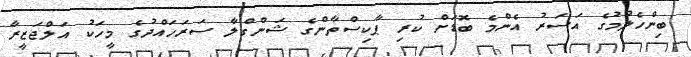
ބިންހެލުމުގެ އަސަރު އެންމެ ބޮޑަށް ކުރި ޕާކިސްތާންގެ ޝަންގްލާ ސަރަހައްދުގެ މީހަކު އަލްޖަޒީރާ